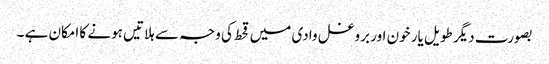
بصورت دیگر طویل یار خون اور بروغل وادی میں قحط کی وجہ سے ہلاتیں ہونے کا امکان ہے ۔